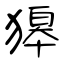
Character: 獆